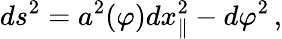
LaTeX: ds^{2}=a^{2}(\varphi)dx_{\parallel}^{2}-d\varphi^{2}\, ,